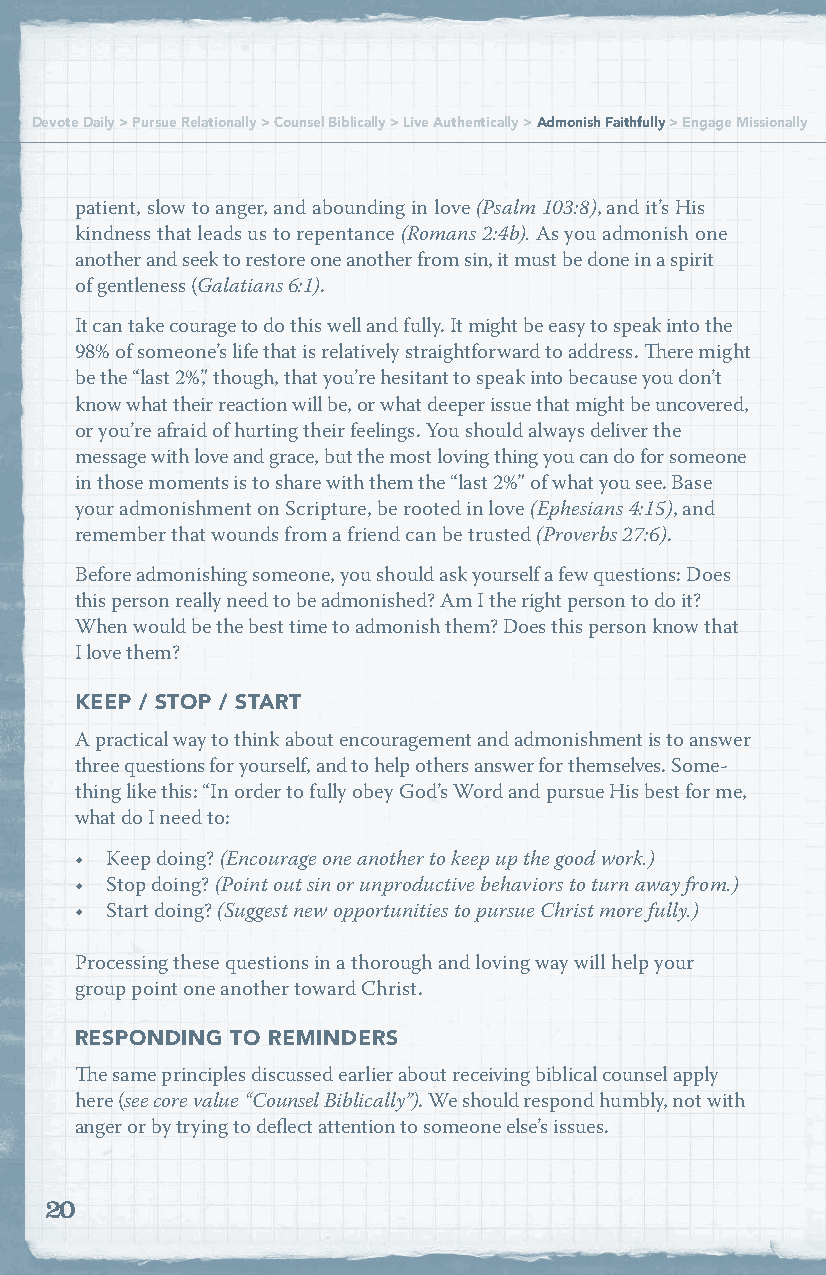
Devote Daily > Pursue Relationally > Counsel Biblically > Live Authentically > Admonish Faithfully > Engage Missionally
 patient, slow to anger, and abounding in love (Psalm 103:8), and it’s His
 kindness that leads us to repentance (Romans 2:4b). As you admonish one
 another and seek to restore one another from sin, it must be done in a spirit
 of gentleness (Galatians 6:1).
 It can take courage to do this well and fully. It might be easy to speak into the
 98% of someone’s life that is relatively straightforward to address. There might
 be the “last 2%,” though, that you’re hesitant to speak into because you don’t
 know what their reaction will be, or what deeper issue that might be uncovered,
 or you’re afraid of hurting their feelings. You should always deliver the
 message with love and grace, but the most loving thing you can do for someone
 in those moments is to share with them the “last 2%” of what you see. Base
 your admonishment on Scripture, be rooted in love (Ephesians 4:15), and
 remember that wounds from a friend can be trusted (Proverbs 27:6).
 Before admonishing someone, you should ask yourself a few questions: Does
 this person really need to be admonished? Am I the right person to do it?
 When would be the best time to admonish them? Does this person know that
 I love them?
 KEEP / STOP / START
 A practical way to think about encouragement and admonishment is to answer
 three questions for yourself, and to help others answer for themselves. Some-
 thing like this: “In order to fully obey God’s Word and pursue His best for me,
 what do I need to:
 • Keep doing? (Encourage one another to keep up the good work.)
 • Stop doing? (Point out sin or unproductive behaviors to turn away from.)
 • Start doing? (Suggest new opportunities to pursue Christ more fully.)
 Processing these questions in a thorough and loving way will help your
 group point one another toward Christ.
 RESPONDING TO REMINDERS
 The same principles discussed earlier about receiving biblical counsel apply
 here (see core value “Counsel Biblically”). We should respond humbly, not with
 anger or by trying to deflect attention to someone else’s issues.
 20